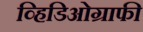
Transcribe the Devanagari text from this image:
व्हिडिओग्राफी